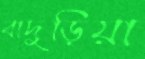
বাদুড়িয়া